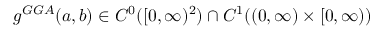
g ^ { G G A } ( a , b ) \in C ^ { 0 } ( [ 0 , \infty ) ^ { 2 } ) \cap C ^ { 1 } ( ( 0 , \infty ) \times [ 0 , \infty ) )